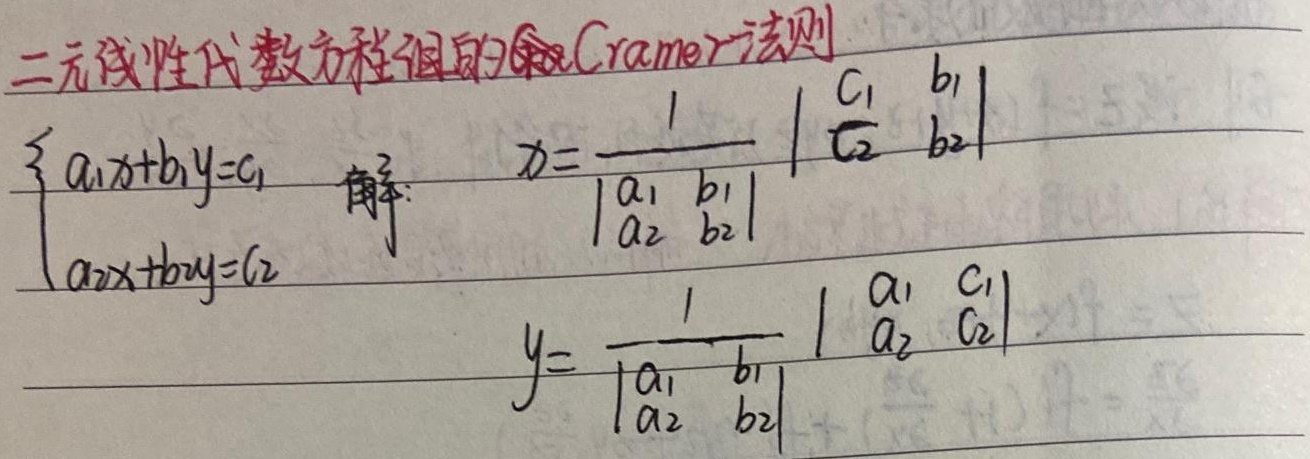
二元线性代数方程组的Cramer法则
\[\begin{cases}
a_{1}x + b_{1}y = c_{1}\\
a_{2}x + b_{2}y = c_{2}
\end{cases}\]
解：
\[x = \frac{\begin{vmatrix}
c_{1} & b_{1}\\
c_{2} & b_{2}
\end{vmatrix}}{\begin{vmatrix}
a_{1} & b_{1}\\
a_{2} & b_{2}
\end{vmatrix}}\]
\[y = \frac{\begin{vmatrix}
a_{1} & c_{1}\\
a_{2} & c_{2}
\end{vmatrix}}{\begin{vmatrix}
a_{1} & b_{1}\\
a_{2} & b_{2}
\end{vmatrix}}\]